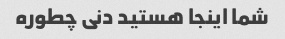
شما اینجا هستید دنی چطوره